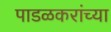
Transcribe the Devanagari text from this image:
पाडळकरांच्या